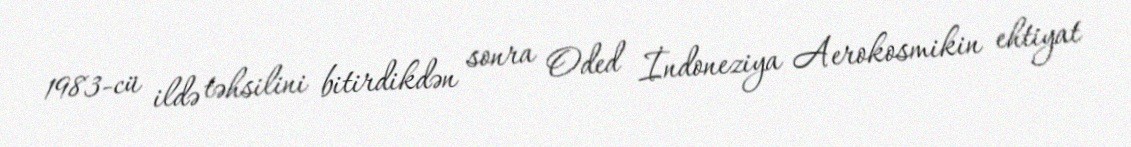
1983-cü ildə təhsilini bitirdikdən sonra Oded İndoneziya Aerokosmikin ehtiyat